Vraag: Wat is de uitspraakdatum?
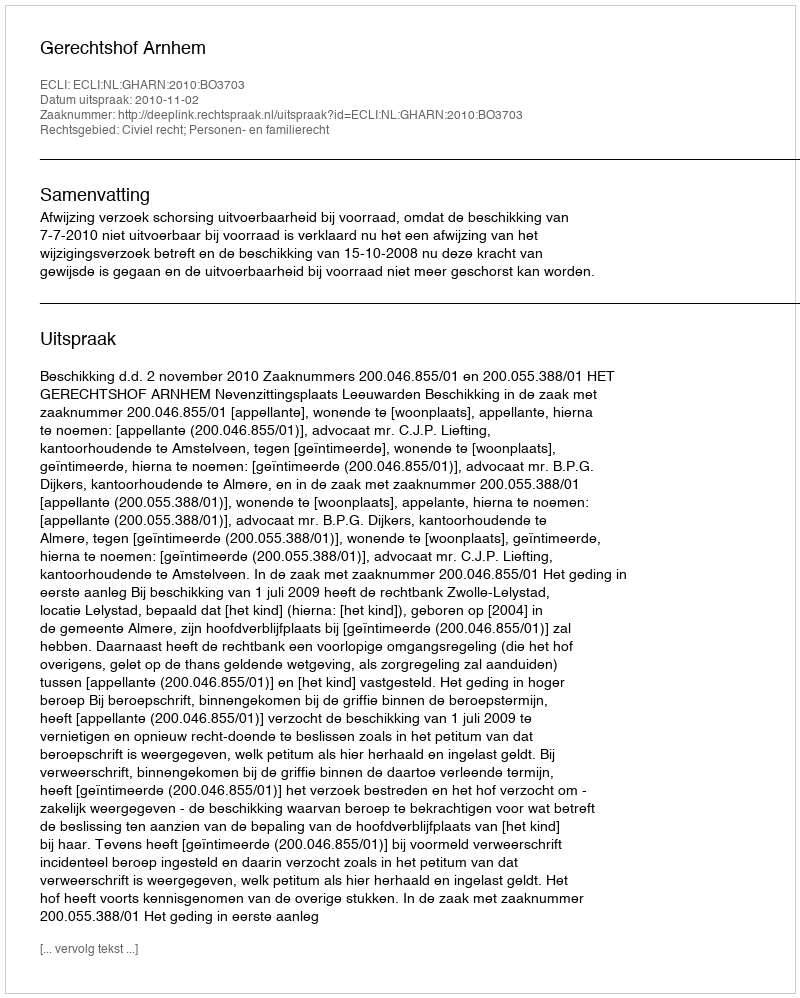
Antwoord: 2010-11-02